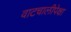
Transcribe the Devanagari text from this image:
वाटचालीपेक्षा